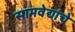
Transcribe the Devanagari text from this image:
सामवेद्यांचे